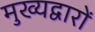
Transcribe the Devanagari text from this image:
मुख्यद्वारों